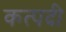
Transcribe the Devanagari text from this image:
कत्पदी